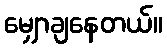
မျှောချနေတယ်။